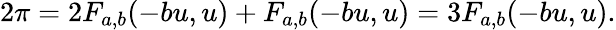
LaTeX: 2\pi=2F_{a,b}(-bu,u)+F_{a,b}(-bu,u)=3F_{a,b}(-bu,u).